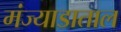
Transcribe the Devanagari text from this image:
मंज्याडाताल